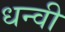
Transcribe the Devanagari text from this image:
धन्वी